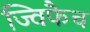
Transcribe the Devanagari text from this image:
ज्विफैच